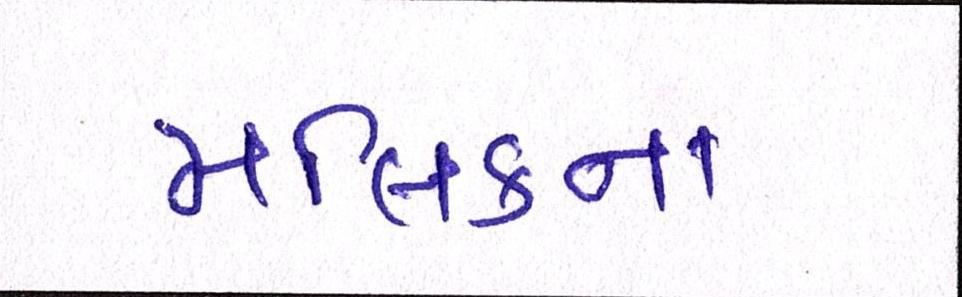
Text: મલિકના